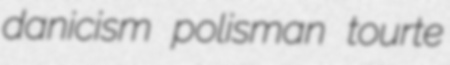
danicism polisman tourte